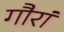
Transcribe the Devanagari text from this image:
गौरां